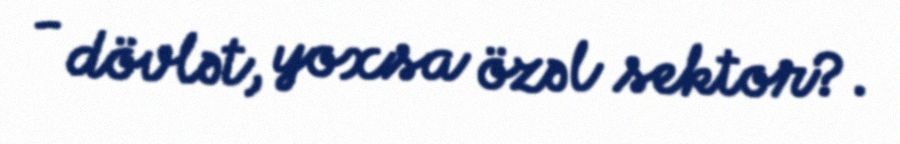
- dövlət, yoxsa özəl sektor?.